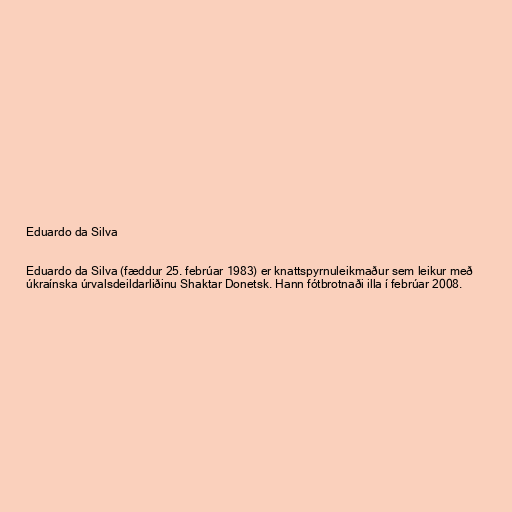
Eduardo da Silva

Eduardo da Silva (fæddur 25. febrúar 1983) er knattspyrnuleikmaður sem leikur með
úkraínska úrvalsdeildarliðinu Shaktar Donetsk. Hann fótbrotnaði illa í febrúar 2008.